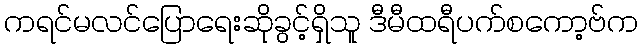
ကရင်မလင်ပြောရေးဆိုခွင့်ရှိသူ ဒီမီထရီပက်စကော့ဗ်က